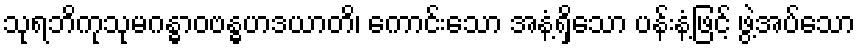
သုရဘိကုသုမဂန္ဓာဝဗန္ဓဟဒယာတိ၊ ကောင်းသော အနံ့ရှိသော ပန်းနံ့ဖြင့် ဖွဲ့အပ်သော